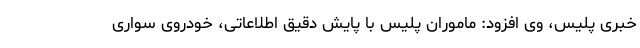
خبری پلیس، وی افزود: ماموران پلیس با پایش دقیق اطلاعاتی، خودروی سواری